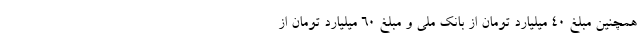
همچنین مبلغ 40 میلیارد تومان از بانک ملی و مبلغ 60 میلیارد تومان از